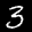
Label: 3